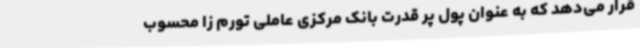
قرار می‌دهد که به عنوان پول پر قدرت بانک مرکزی عاملی تورم زا محسوب